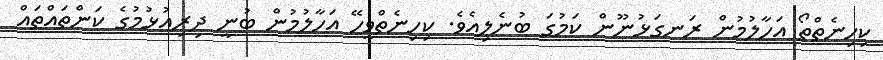
ކިހިނެތްތޯ އަހާލުމުން ރަނގަޅުނޫން ކަމުގަ ބުނެލިއެވެ. ކިހިނެތްވީހޭ އަހާލުމުން ބުނީ ދިރިއުޅުމުގެ ކަންތައްތައް